65_HS1-834228961_62-HQ-83894_Serial_164
Agency: FBI
Page 124
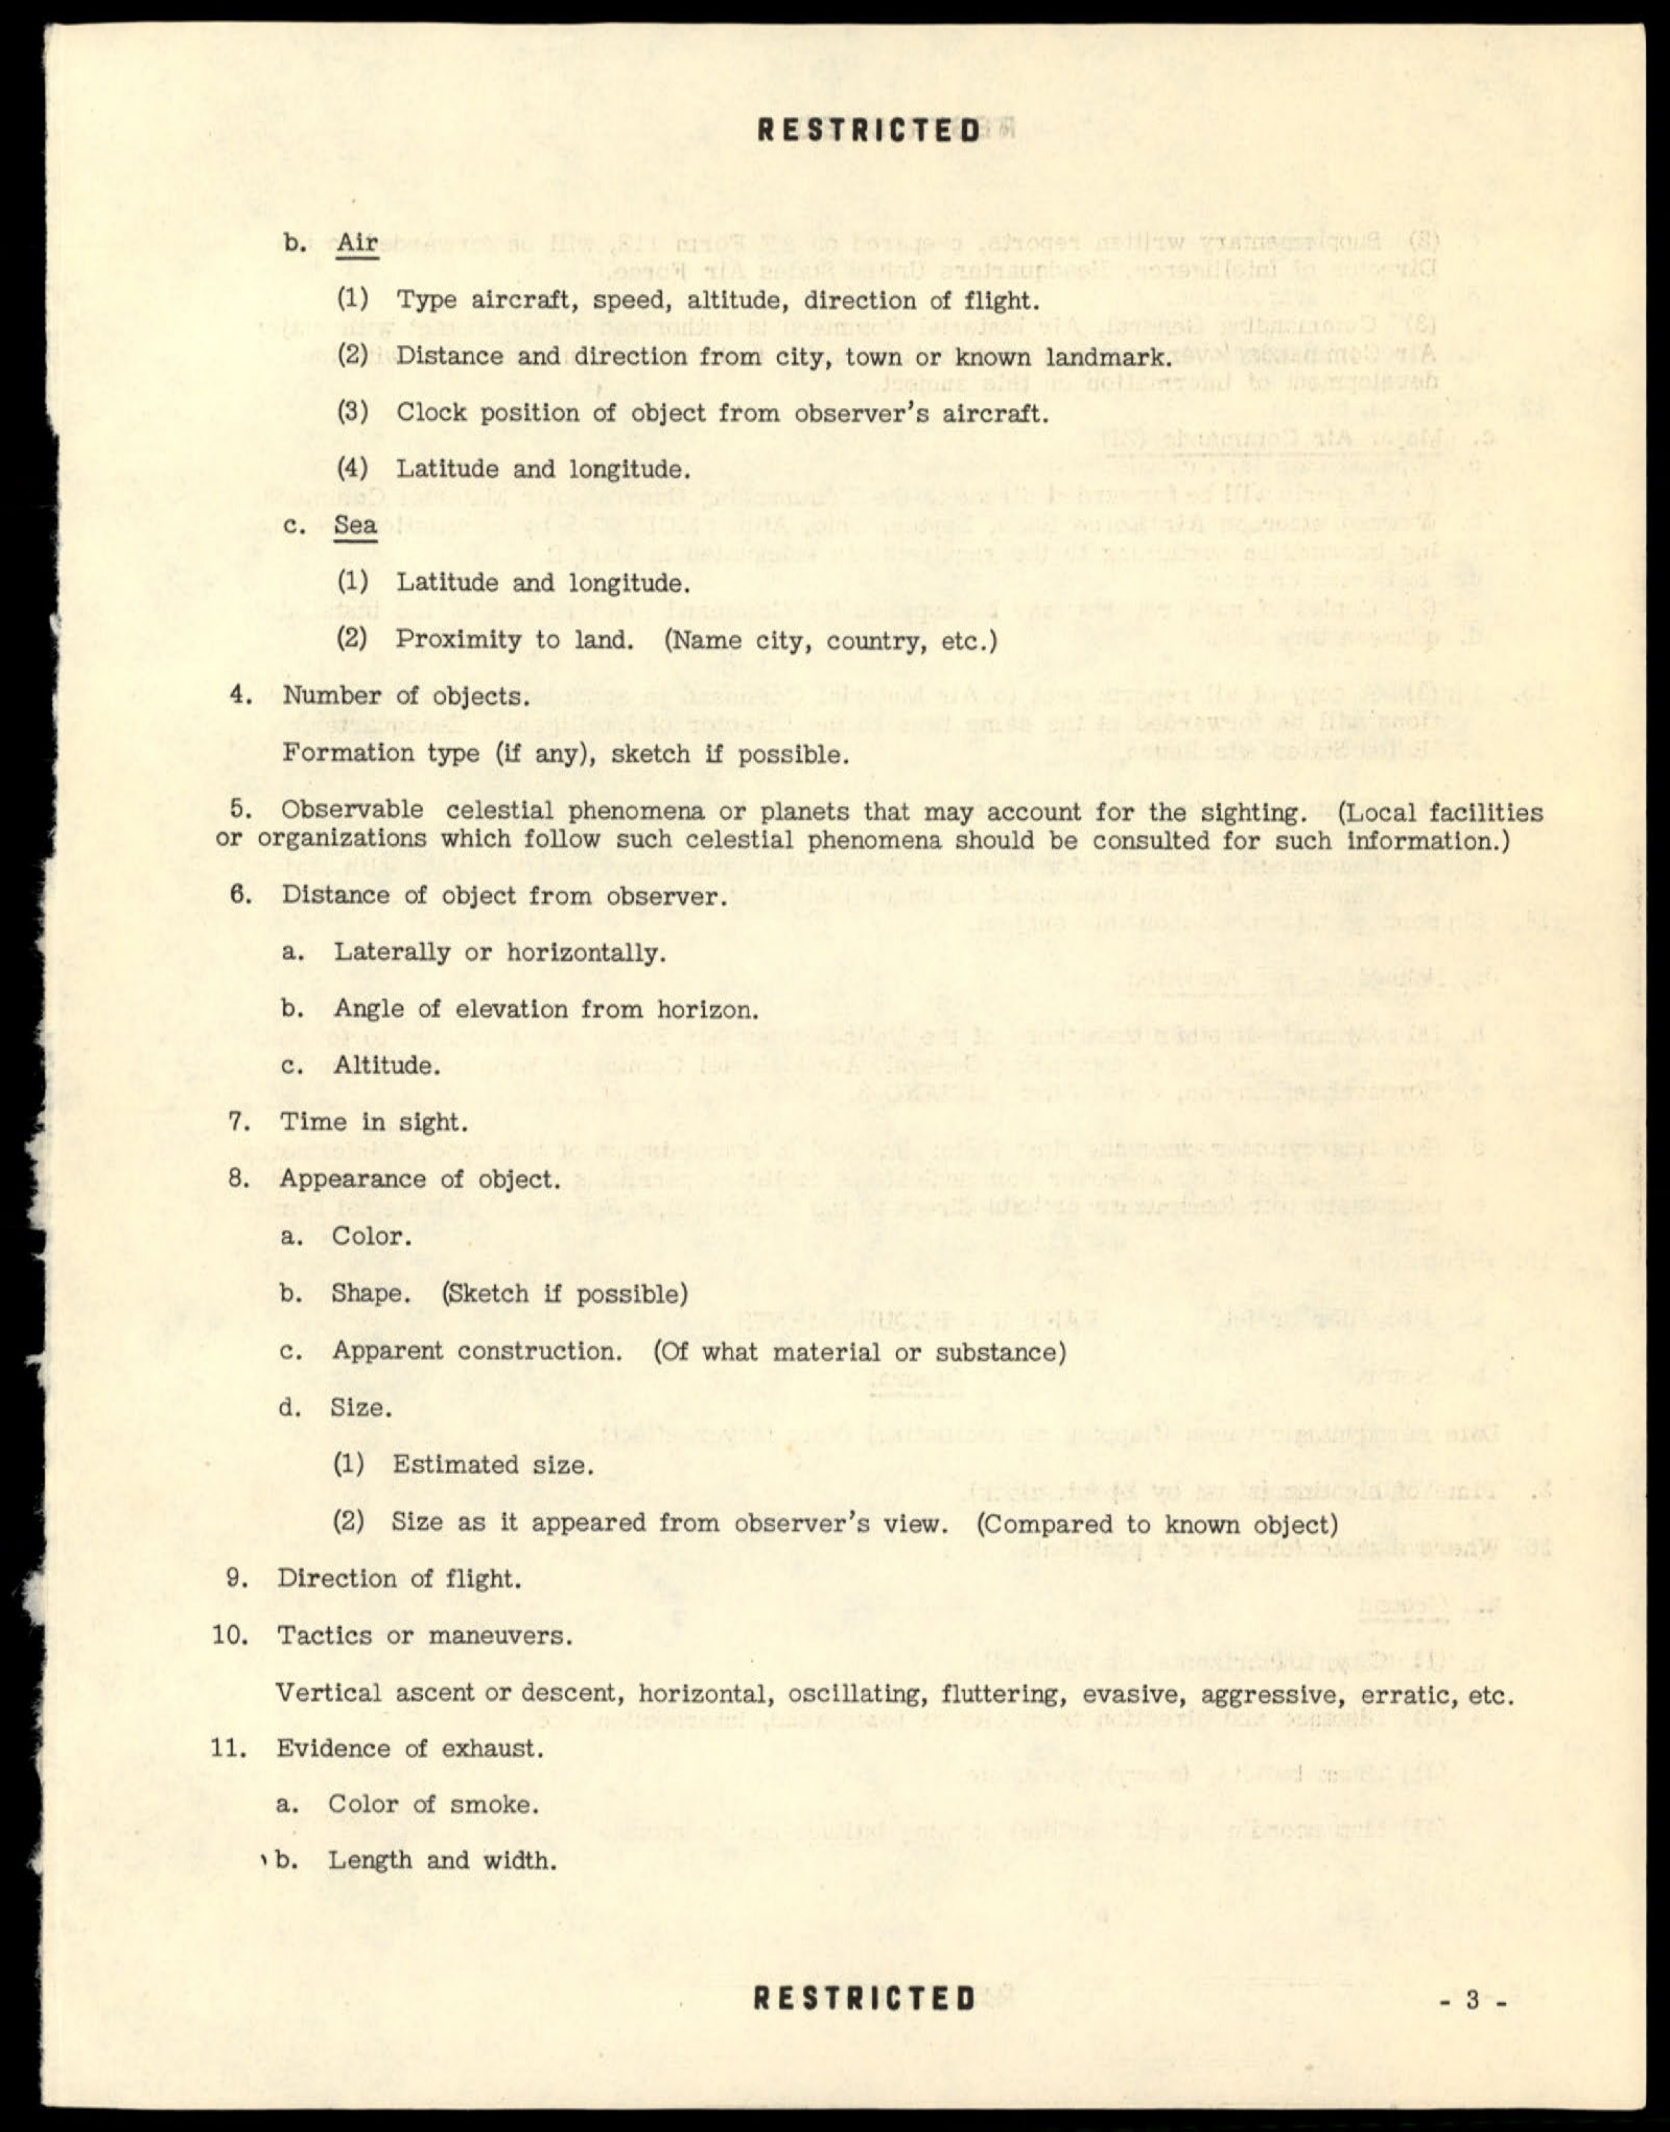